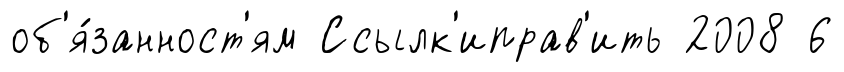
об'я́занност'ям Ссылк'иправ'ить 2008 6